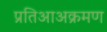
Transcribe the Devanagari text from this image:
प्रतिआअक्रमण